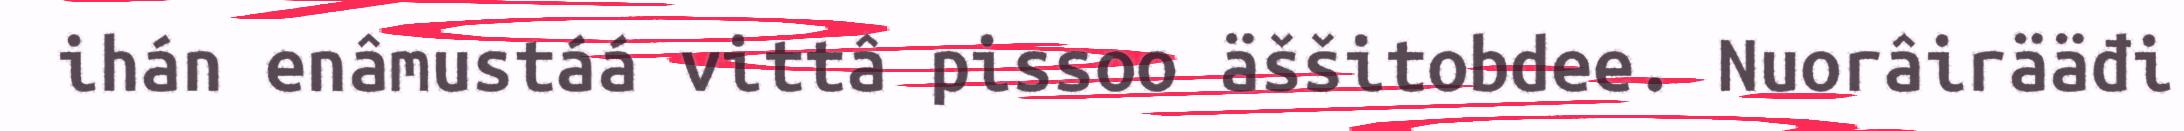
ihán enâmustáá vittâ pissoo äššitobdee. Nuorâirääđi